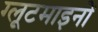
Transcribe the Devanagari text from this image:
ग्लूटमाइनों